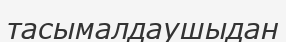
тасымалдаушыдан